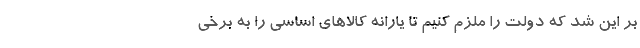
بر این شد که دولت را ملزم کنیم تا یارانه کالاهای اساسی را به برخی